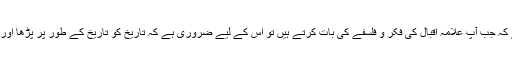
سوال یہ ہے کہ جب آپ علامہ اقبال کی فکر و فلسفے کی بات کرتے ہیں تو اس کے لیے ضروری ہے کہ تاریخ کو تاریخ کے طور پر پڑھا اور لکھا جائے۔